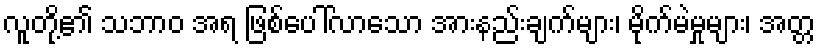
လူတို့၏ သဘာဝ အရ ဖြစ်ပေါ်လာသော အားနည်းချက်များ၊ မိုက်မဲမှုများ၊ အတ္တ